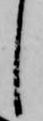
し